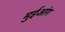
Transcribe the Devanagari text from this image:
मुईआंग